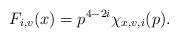
LaTeX: \begin{align*}F_{i,v}(x) = p^{4-2i}\chi_{x,v,i}(p).\end{align*}